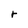
Character: r